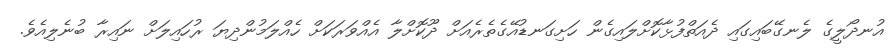
އުނދޯލީގެ ލެނގޭބައިގައި ދެއަތްފުޅާކޮށްލައިގެން ހަށިގަނޑުއޭގެތެރެއަށް ދޫކޮށްލާ އެއްވަރަކަށް ހެއްލަމުންދިޔަ ރުހައިލަށް ނައިރާ ބުނެލިއެވެ.